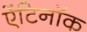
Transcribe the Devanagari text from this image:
ऐंटिनॉक